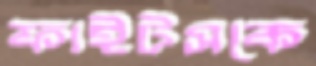
ফাইটসকে